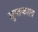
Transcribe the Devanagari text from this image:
सुप्तकाल